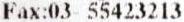
FAX:03- 55423213